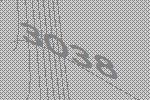
3038